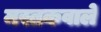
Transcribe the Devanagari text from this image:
मस्तकवाले